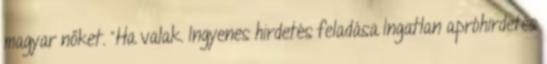
magyar nőket. "Ha valak. Ingyenes hirdetés feladása Ingatlan apróhirdetés